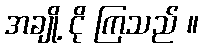
အချို့ ငို ကြသည် ။